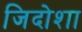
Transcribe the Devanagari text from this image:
जिदोशा